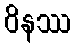
ဝိနဿ